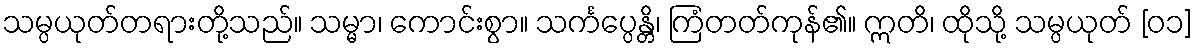
သမ္ပယုတ်တရားတို့သည်။ သမ္မာ၊ ကောင်းစွာ။ သင်္ကပ္ပေန္တိ၊ ကြံတတ်ကုန်၏။ ဣတိ၊ ထိုသို့ သမ္ပယုတ် [၀၁]